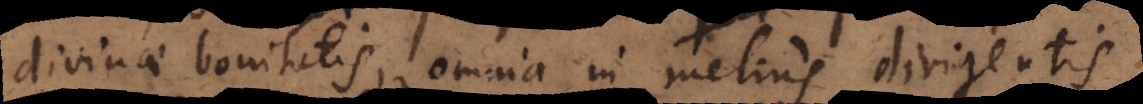
divinae bonitatis, omnia in melius dirigentis